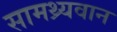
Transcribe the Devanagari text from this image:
सामथ्र्यवान